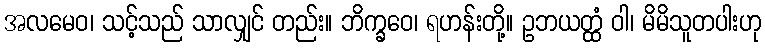
အလမေဝ၊ သင့်သည် သာလျှင် တည်း။ ဘိက္ခဝေ၊ ရဟန်းတို့။ ဥဘယတ္ထံ ဝါ၊ မိမိသူတပါးဟု